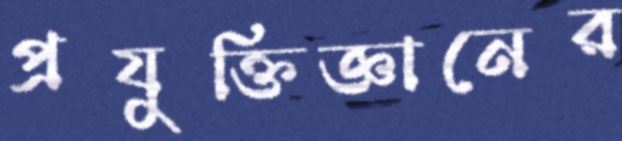
প্রযুক্তিজ্ঞানের